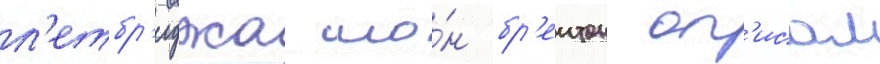
л'етбр'иджа шо́н бр'еитон оп'исал